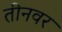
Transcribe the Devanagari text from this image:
तीनवर